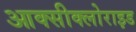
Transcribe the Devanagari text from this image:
आक्सीक्लोराइड